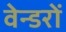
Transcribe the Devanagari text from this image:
वेन्डरों